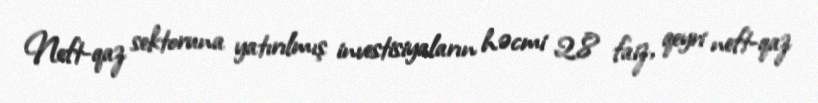
Neft-qaz sektoruna yatırılmış investisiyaların həcmi 2,8 faiz, qeyri neft-qaz